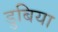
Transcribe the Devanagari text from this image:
डुबिया